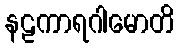
နဠကာရဂါမောတိ